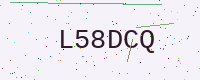
Text: L58DCQ